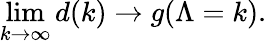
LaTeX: \operatorname*{lim}_{k\to\infty}d(k)\to g(\Lambda=k).